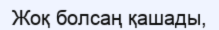
Жоқ болсаң қашады,